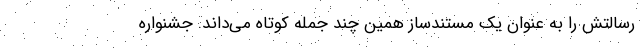
رسالتش را به عنوان یک مستندساز همین چند جمله کوتاه می‌داند. جشنواره